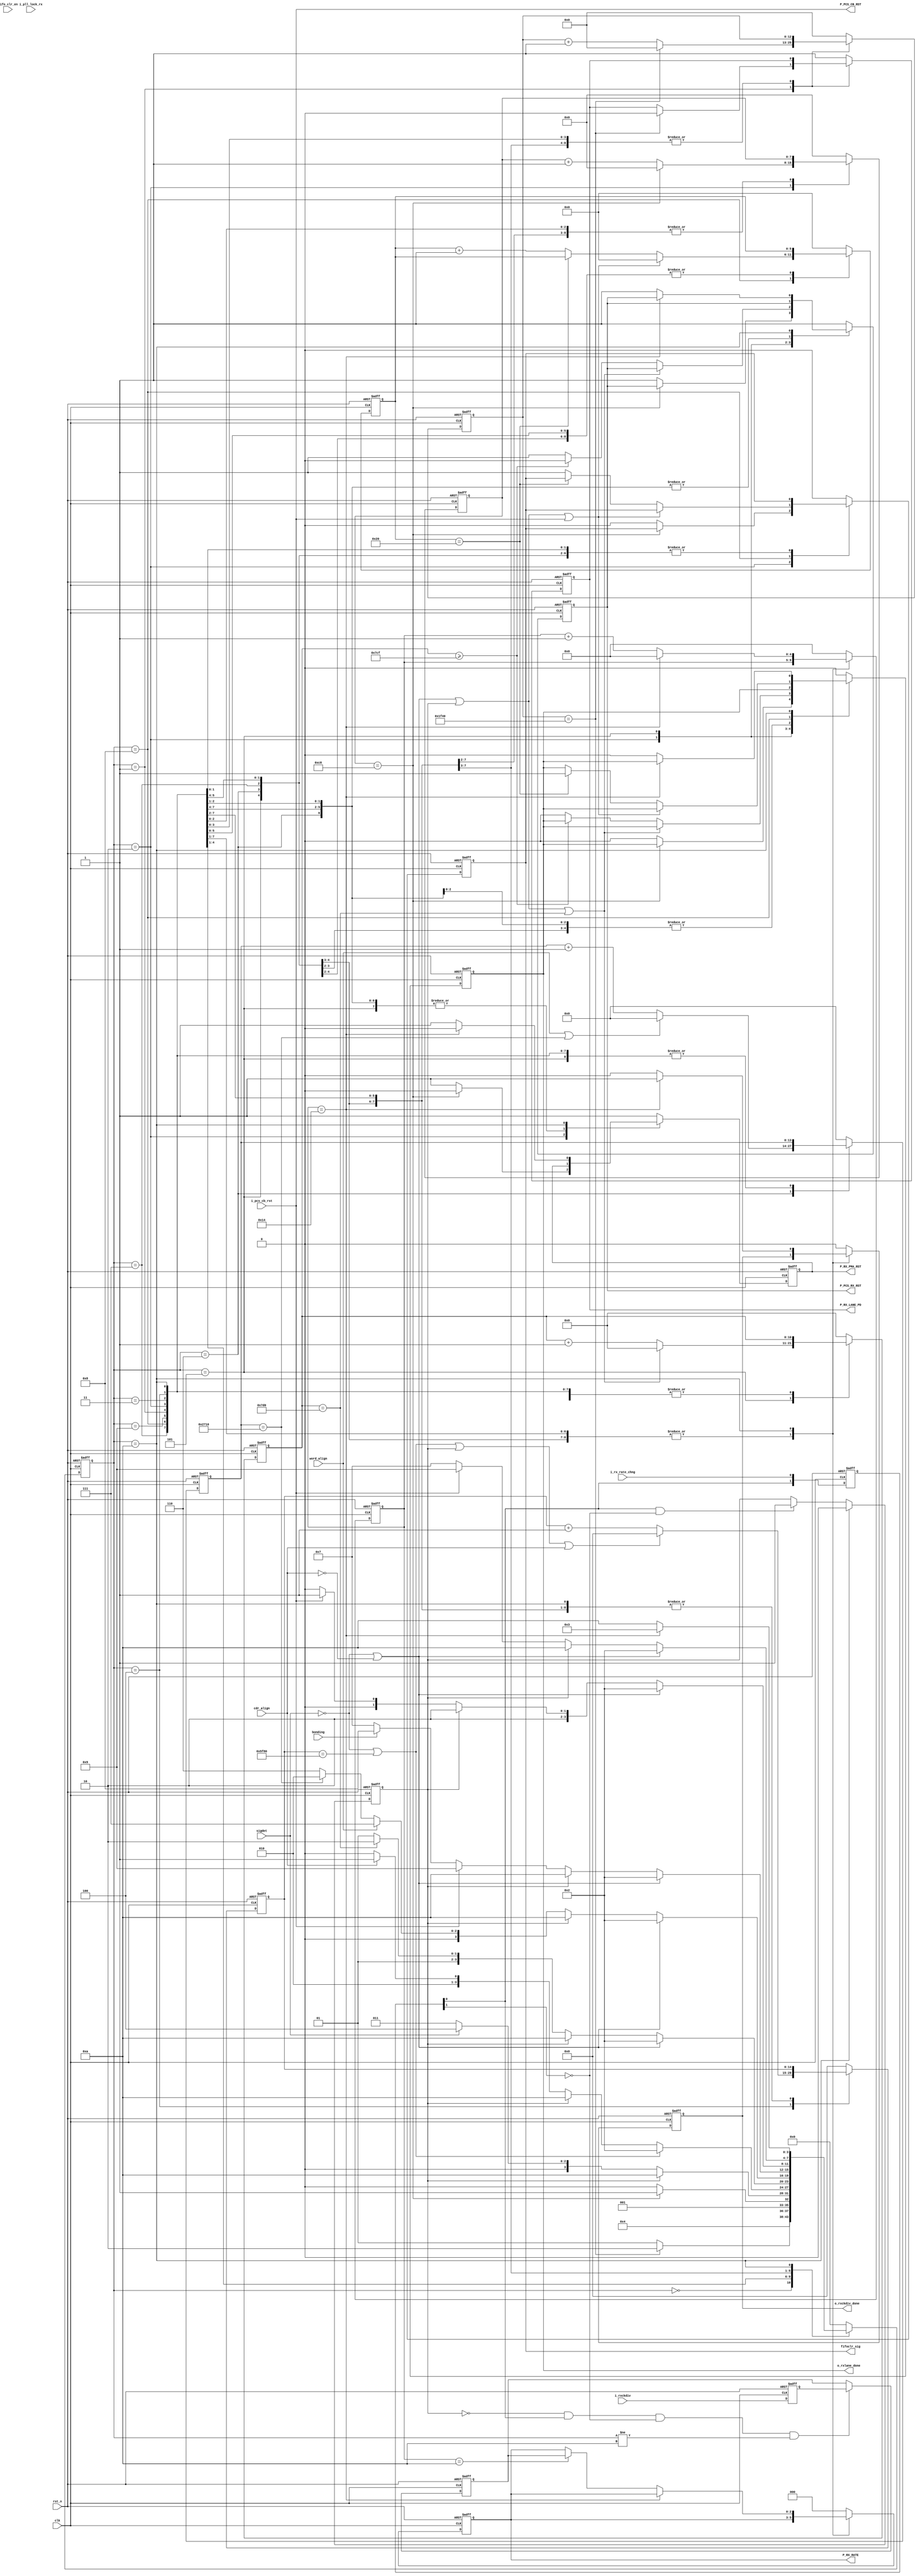
///////////////////////////////////////////////////////////////////////////////
//
// Copyright (c) 2019 PANGO MICROSYSTEMS, INC
// ALL RIGHTS REVERVED.
//
// THE SOURCE CODE CONTAINED HEREIN IS PROPRIETARY TO PANGO MICROSYSTEMS, INC.
// IT SHALL NOT BE REPRODUCED OR DISCLOSED IN WHOLE OR IN PART OR USED BY
// PARTIES WITHOUT WRITTEN AUTHORIZATION FROM THE OWNER.
//
///////////////////////////////////////////////////////////////////////////////
//
// Library:
// Filename:
///////////////////////////////////////////////////////////////////////////////
`timescale 1ns/1ps
module  ipml_hsst_rxlane_rst_fsm_v1_1#(
    parameter FREE_CLOCK_FREQ          = 100        , //unit is MHz, free clock  freq from GUI
    parameter CH_MULT_LANE_MODE        = 1          , //1: 1lane 2:2lane 4:4lane
    parameter CH_RXPCS_ALIGN_TIMER     = 10000      , //maximum is 65535
    parameter CH_BYPASS_WORD_ALIGN     = "FALSE"    , //TRUE: Lane Bypass Word Alignment, FALSE: Lane No Bypass Word Alignment
    parameter CH_BYPASS_BONDING        = "FALSE"    , //TRUE: Lane Bypass Channel Bonding, FALSE: Lane No Bypass Channel Bonding
    parameter CH_BYPASS_CTC            = "FALSE"    , //TRUE: Lane Bypass CTC, FALSE: Lane No Bypass CTC
    parameter LX_RX_CKDIV              = 0          ,
    parameter PCS_RX_CLK_EXPLL_USE     = "FALSE"          
)(
    // Reset and Clock
    input  wire                   clk                   ,
    input  wire                   rst_n                 ,
    // HSST Reset Control Signal
    input  wire                   fifo_clr_en           ,
    input  wire                   i_rx_rate_chng        ,
    input  wire   [2:0]           i_rxckdiv             ,
    input  wire                   sigdet                ,
    input  wire                   cdr_align             ,
    input  wire                   word_align            ,
    input  wire                   bonding               ,
    input  wire                   i_pll_lock_rx         ,
    input  wire                   i_pcs_cb_rst          ,
    output reg                    P_RX_LANE_PD          ,
    output reg                    P_RX_PMA_RST          ,
    output reg                    P_PCS_RX_RST          ,
    output reg    [2:0]           P_RX_RATE             ,
    output wire                   P_PCS_CB_RST          ,
    output reg                    o_rxckdiv_done        ,
    output reg                    o_rxlane_done         ,
    output reg                    fifoclr_sig       
);

//RX Lane Power Up
`ifdef IPML_HSST_SPEEDUP_SIM
localparam integer RX_PD_CNTR_VALUE                  = 2*((1*FREE_CLOCK_FREQ)); //add 50 percent margin
localparam integer RX_PCS_CNTR_VALUE                 = 2*((1*FREE_CLOCK_FREQ)); //add 50 percent margin
`else
localparam integer RX_PD_CNTR_VALUE                  = 2*((40*FREE_CLOCK_FREQ)); //add 50 percent margin
localparam integer RX_PCS_CNTR_VALUE                 = 2*((10*FREE_CLOCK_FREQ)); //add 50 percent margin
`endif
localparam integer RX_CDR_WAIT_CNTR_VALUE            = 224*FREE_CLOCK_FREQ+2048;// max time : (16*8191/600)+2+2048 cycle
localparam integer RX_PMA_CNTR_VALUE                 = 2*((1*FREE_CLOCK_FREQ)); //add 50 percent margin
localparam integer RX_RST_DONE_DLY_CNTR_VALUE        = 32;//add for rxlane_done is active but fabric clock is none by wenbin at @2019.9.26
//RX Lane Rate Change
localparam integer RX_RATE_CHANGE_PMA_R_CNTR_VALUE   = 2*((0.05*FREE_CLOCK_FREQ)); //add 50 percent margin
localparam integer RX_RATE_CHANGE_PMA_F_CNTR_VALUE   = 2*((0.1*FREE_CLOCK_FREQ)); //add 50 percent margin
//Counter Width
localparam         CNTR_WIDTH0                       = 13 ;
localparam         CNTR_WIDTH1                       = 8  ;
localparam         CNTR_WIDTH2                       = 15 ;
localparam         CNTR_WIDTH3                       = 11 ;
localparam         CNTR_WIDTH4                       = 6  ;
localparam         CNTR_WIDTH5                       = 5  ;
localparam         CNTR_WIDTH6                       = log2(CH_RXPCS_ALIGN_TIMER);
//RX Lane FSM Status
localparam RX_LANE_IDLE         = 4'd0;
localparam RX_LANE_RXPD         = 4'd1;
localparam RX_LANE_PMA_RST      = 4'd2;
localparam RX_LANE_SIGNAL_WAIT  = 4'd3;
localparam RX_LANE_CDR_WAIT     = 4'd4;
localparam RX_LANE_PCS_RST      = 4'd5;
localparam RX_LANE_ALIGN_WAIT   = 4'd6;
localparam RX_LANE_BONDING_WAIT = 4'd7;
localparam RX_LANE_DONE         = 4'd8;
localparam RX_LANE_CB_RST       = 4'd9;
localparam RX_CKDIV_ONLY        = 4'd10;

//****************************************************************************//
//                      Internal Signal                                       //
//****************************************************************************//
reg     [CNTR_WIDTH0-1  : 0] cntr0                ;
reg     [CNTR_WIDTH1-1  : 0] cntr1                ;
reg     [CNTR_WIDTH2-1  : 0] cntr2                ;
reg     [CNTR_WIDTH3-1  : 0] cntr3                ;
reg     [CNTR_WIDTH4-1  : 0] cntr4                ;
reg     [CNTR_WIDTH5-1  : 0] cntr5                ;
reg     [CNTR_WIDTH6-1  : 0] cntr6                ;
reg     [3            : 0] rxlane_rst_fsm       ;
reg     [3            : 0] next_state           ;
reg     [1            : 0] i_rx_rate_chng_ff    ;
reg                        i_rx_rate_chng_posedge   ;
wire                       rxlane_word_align_en ;
wire                       rxlane_bonding_en    ;
wire                       rxlane_mult_en       ;
wire                       expll_lock_rx        ;
reg     [2            : 0] i_rxckdiv_ff         ;
reg     [2            : 0] rxckdiv              ;
//****************************************************************************//
//                      Sequential and Logic                                  //
//****************************************************************************//
assign rxlane_word_align_en     = (CH_BYPASS_WORD_ALIGN=="FALSE") ? 1'b1 : 1'b0;
assign rxlane_bonding_en        = (CH_BYPASS_BONDING=="FALSE")    ? 1'b1 : 1'b0;
assign rxlane_mult_en           = (CH_MULT_LANE_MODE==2 || CH_MULT_LANE_MODE==4) ? 1'b1 : 1'b0;
assign expll_lock_rx            = (PCS_RX_CLK_EXPLL_USE=="FALSE") ? 1'b1 : i_pll_lock_rx;

always @(posedge clk or negedge rst_n) begin
    if(!rst_n) 
        i_rx_rate_chng_ff     <= 2'b00;
    else 
        i_rx_rate_chng_ff     <= {i_rx_rate_chng_ff[0],i_rx_rate_chng};
end

always @(posedge clk or negedge rst_n) begin
    if(!rst_n) 
        i_rxckdiv_ff     <= 3'b000;
    else 
        i_rxckdiv_ff     <= i_rxckdiv;
end


always @(posedge clk or negedge rst_n) begin
    if(!rst_n) 
        i_rx_rate_chng_posedge     <= 1'b0;
    else if (rxlane_rst_fsm == RX_CKDIV_ONLY)
        i_rx_rate_chng_posedge     <= 1'b0;
    else if (i_rx_rate_chng_ff[0] & (!i_rx_rate_chng_ff[1]))
        i_rx_rate_chng_posedge     <= 1'b1;
    else ;
end

always @(posedge clk or negedge rst_n) begin
    if(!rst_n) 
        rxckdiv                  <= 3'b000;
    else if (!i_rx_rate_chng_posedge && i_rx_rate_chng_ff[0] && (!i_rx_rate_chng_ff[1]) && rxlane_rst_fsm != RX_CKDIV_ONLY)
        rxckdiv                  <= i_rxckdiv_ff;
    else ;
end
 

always @(posedge clk or negedge rst_n) begin
    if(!rst_n) begin
        rxlane_rst_fsm     <=   RX_LANE_IDLE   ;
    end
    else begin
        rxlane_rst_fsm     <=   next_state ;
    end
end

always @(*)
begin
    case(rxlane_rst_fsm)
        RX_LANE_IDLE        :
            next_state     =   RX_LANE_RXPD ;
        RX_LANE_RXPD        :
        begin
            if(cntr0 == RX_PD_CNTR_VALUE)
                next_state = RX_LANE_PMA_RST ;
            else
                next_state = RX_LANE_RXPD ;
        end
        RX_LANE_PMA_RST     :
        begin
            if(cntr1 == RX_PMA_CNTR_VALUE)
                next_state = RX_LANE_SIGNAL_WAIT ;
            else
                next_state = RX_LANE_PMA_RST ;
        end
        RX_LANE_SIGNAL_WAIT :
        begin
            if(i_rx_rate_chng_posedge)
                next_state = RX_CKDIV_ONLY ;
            else if (sigdet)
                next_state = RX_LANE_CDR_WAIT ;
            else
                next_state = RX_LANE_SIGNAL_WAIT ;
        end
        RX_LANE_CDR_WAIT    :
        begin
            if(!sigdet || cntr2 == RX_CDR_WAIT_CNTR_VALUE)
                next_state = RX_LANE_PMA_RST ;
            else if (i_rx_rate_chng_posedge)
                next_state = RX_CKDIV_ONLY ;
            else if (cdr_align && expll_lock_rx )
                next_state = RX_LANE_PCS_RST ;
            else
                next_state = RX_LANE_CDR_WAIT ;
        end
        RX_LANE_PCS_RST     :
        begin
            if(!sigdet || !cdr_align)
                next_state = RX_LANE_PMA_RST ;
            else if (i_rx_rate_chng_posedge)
                next_state = RX_CKDIV_ONLY ;
            else if (cntr3 == RX_PCS_CNTR_VALUE )
                if (rxlane_word_align_en)
                    next_state = RX_LANE_ALIGN_WAIT ;
                else
                    next_state = RX_LANE_DONE ;
            else
                next_state = RX_LANE_PCS_RST ;
        end
        RX_LANE_ALIGN_WAIT  :
        begin
            if(!sigdet || !cdr_align)
                next_state = RX_LANE_PMA_RST ;
            else if (i_rx_rate_chng_posedge)
                next_state = RX_CKDIV_ONLY ;
            else if (!word_align)
                    if(cntr6 == CH_RXPCS_ALIGN_TIMER)
                        next_state = RX_LANE_PMA_RST ;
                    else
                        next_state = RX_LANE_ALIGN_WAIT ;
            else
                next_state = RX_LANE_BONDING_WAIT ;
        end
        RX_LANE_BONDING_WAIT:
        begin
            if(!sigdet || !cdr_align)
                next_state = RX_LANE_PMA_RST ;
            else if (i_rx_rate_chng_posedge)
                next_state = RX_CKDIV_ONLY ;
            else if (i_pcs_cb_rst && rxlane_bonding_en)
                next_state = RX_LANE_CB_RST  ;
            else if (bonding || !rxlane_bonding_en)
                next_state = RX_LANE_DONE ;
            else
                next_state = RX_LANE_BONDING_WAIT ;
        end
        RX_LANE_DONE        :
        begin
            if(!sigdet || !cdr_align)
                next_state = RX_LANE_PMA_RST ;
            else if (i_rx_rate_chng_posedge)
                next_state = RX_CKDIV_ONLY ;
            else if (fifo_clr_en && rxlane_mult_en)
                next_state = RX_LANE_PCS_RST ;
            else if (i_pcs_cb_rst)
                next_state = RX_LANE_CB_RST  ;
            else
                next_state = RX_LANE_DONE ;
        end
        RX_LANE_CB_RST      :
        begin
            if(!sigdet || !cdr_align)
                next_state = RX_LANE_PMA_RST ;
            else if (i_rx_rate_chng_posedge)
                next_state = RX_CKDIV_ONLY ;
            else if(!i_pcs_cb_rst)
                next_state = RX_LANE_BONDING_WAIT ;
            else
                next_state = RX_LANE_CB_RST ;
        end
        RX_CKDIV_ONLY       :
        begin
            if(cntr5 == RX_RATE_CHANGE_PMA_F_CNTR_VALUE)
                next_state = RX_LANE_SIGNAL_WAIT ;
            else
                next_state = RX_CKDIV_ONLY ;
        end
        default             :
        begin
            next_state     = RX_LANE_IDLE  ;
        end
    endcase
end

always @(posedge clk or negedge rst_n) 
begin
    if(!rst_n) 
    begin
        cntr0                   <= {CNTR_WIDTH0{1'b0}};
        cntr1                   <= {CNTR_WIDTH1{1'b0}};
        cntr2                   <= {CNTR_WIDTH2{1'b0}};
        cntr3                   <= {CNTR_WIDTH3{1'b0}};
        cntr4                   <= {CNTR_WIDTH4{1'b0}};
        cntr5                   <= {CNTR_WIDTH5{1'b0}};
        cntr6                   <= {CNTR_WIDTH6{1'b0}};
        P_RX_LANE_PD            <= 1'b1;
        P_RX_PMA_RST            <= 1'b1;
        P_PCS_RX_RST            <= 1'b1;
        P_RX_RATE               <= LX_RX_CKDIV;
        o_rxckdiv_done          <= 1'b0;       
        o_rxlane_done           <= 1'b0;
        fifoclr_sig             <= 1'b0 ;
    end
    else 
    begin
        case (rxlane_rst_fsm)
            RX_LANE_IDLE        :   
            begin
                cntr0                   <= {CNTR_WIDTH0{1'b0}};
                cntr1                   <= {CNTR_WIDTH1{1'b0}};
                cntr2                   <= {CNTR_WIDTH2{1'b0}};
                cntr3                   <= {CNTR_WIDTH3{1'b0}};
                cntr4                   <= {CNTR_WIDTH4{1'b0}};
                cntr5                   <= {CNTR_WIDTH5{1'b0}};
                cntr6                   <= {CNTR_WIDTH6{1'b0}};
                P_RX_LANE_PD            <= 1'b1;
                P_RX_PMA_RST            <= 1'b1;
                P_PCS_RX_RST            <= 1'b1;
                P_RX_RATE               <= LX_RX_CKDIV;
                o_rxckdiv_done          <= 1'b0;       
                o_rxlane_done           <= 1'b0;
                fifoclr_sig             <= 1'b0;
            end
            RX_LANE_RXPD        :   
            begin
                if(cntr0 == RX_PD_CNTR_VALUE)
                begin
                    cntr0                   <= {CNTR_WIDTH0{1'b0}} ;
                    P_RX_LANE_PD            <= 1'b0 ;            
                end
                else
                begin
                    cntr0                    <= cntr0 + {{CNTR_WIDTH0-1{1'b0}},{1'b1}} ;
                end
            end
            RX_LANE_PMA_RST     :
            begin
                if(cntr1 == RX_PMA_CNTR_VALUE)
                begin
                    cntr1                   <= {CNTR_WIDTH1{1'b0}} ;
                    P_RX_PMA_RST            <= 1'b0 ;
                end
                else
                begin
                    cntr1                    <= cntr1 + {{CNTR_WIDTH1-1{1'b0}},{1'b1}} ;
                    P_RX_PMA_RST            <= 1'b1 ;
                    P_PCS_RX_RST            <= 1'b1 ;
                    o_rxlane_done           <= 1'b0 ;
                    fifoclr_sig             <= 1'b0 ;
                end
            end
            RX_LANE_SIGNAL_WAIT :
            begin
                fifoclr_sig             <= 1'b0 ;
            end
            RX_LANE_CDR_WAIT    :
            begin
                if(!sigdet || cntr2 == RX_CDR_WAIT_CNTR_VALUE || i_rx_rate_chng_posedge || (cdr_align && expll_lock_rx))
                begin
                    cntr2                   <= {CNTR_WIDTH2{1'b0}} ;
                end
                else
                begin
                    cntr2                    <= cntr2 + {{CNTR_WIDTH2-1{1'b0}},{1'b1}} ;
                end
            end
            RX_LANE_PCS_RST     :
            begin
                if(!sigdet || !cdr_align || i_rx_rate_chng_posedge || cntr3 == RX_PCS_CNTR_VALUE)
                begin
                    cntr3                   <= {CNTR_WIDTH3{1'b0}} ;
                end
                else if (cntr3 >= RX_PCS_CNTR_VALUE - 1)
                begin
                    P_PCS_RX_RST            <= 1'b0 ;
                    cntr3                    <= cntr3 + {{CNTR_WIDTH3-1{1'b0}},{1'b1}} ;
                end
                else
                begin
                    cntr3                    <= cntr3 + {{CNTR_WIDTH3-1{1'b0}},{1'b1}} ;
                    P_PCS_RX_RST            <= 1'b1 ;
                    o_rxlane_done           <= 1'b0 ;
                end
            end
            RX_LANE_ALIGN_WAIT  :
            begin
                if(word_align || cntr6 == CH_RXPCS_ALIGN_TIMER)
                begin
                    cntr6                   <= {CNTR_WIDTH6{1'b0}} ;    
                end
                else
                begin
                    cntr6                   <= cntr6  + {{CNTR_WIDTH6-1{1'b0}},{1'b1}} ;
                end
            end
            RX_LANE_BONDING_WAIT  :
            begin
            end
            RX_LANE_DONE        :
            begin
                if(!sigdet || !cdr_align || i_rx_rate_chng_posedge || (fifo_clr_en && rxlane_mult_en) || i_pcs_cb_rst)    begin
                    cntr4                   <= {CNTR_WIDTH4{1'b0}} ;
                end
                else if(cntr4 == RX_RST_DONE_DLY_CNTR_VALUE)    begin
                    o_rxlane_done           <= 1'b1 ;
                end
                else    begin
                    cntr4                    <= cntr4 + {{CNTR_WIDTH4-1{1'b0}},{1'b1}} ;
                    fifoclr_sig             <= 1'b1 ;
                end
            end
            RX_LANE_CB_RST      :
            begin
                o_rxlane_done           <= 1'b0 ;
            end
            RX_CKDIV_ONLY       :
            begin
                if(cntr5 == RX_RATE_CHANGE_PMA_F_CNTR_VALUE)
                begin
                    cntr5                   <= {CNTR_WIDTH5{1'b0}} ;
                    P_RX_PMA_RST            <= 1'b0 ;
                    o_rxckdiv_done          <= 1'b1 ;
                end
                else
                begin
                    o_rxlane_done           <= 1'b0 ;
                    o_rxckdiv_done          <= 1'b0 ;
                    P_PCS_RX_RST            <= 1'b1 ;
                    P_RX_PMA_RST            <= 1'b1 ;
                    cntr5                    <= cntr5 + {{CNTR_WIDTH5-1{1'b0}},{1'b1}} ;
                    if(cntr5 == RX_RATE_CHANGE_PMA_R_CNTR_VALUE)
                        P_RX_RATE           <= rxckdiv ;
                    else ;
                end
            end
            default             :
            begin
                cntr0                   <= {CNTR_WIDTH0{1'b0}} ;
                cntr1                   <= {CNTR_WIDTH1{1'b0}} ;
                cntr2                   <= {CNTR_WIDTH2{1'b0}} ;
                cntr3                   <= {CNTR_WIDTH3{1'b0}} ;
                cntr4                   <= {CNTR_WIDTH4{1'b0}} ;
                cntr5                   <= {CNTR_WIDTH5{1'b0}} ;
                cntr6                   <= {CNTR_WIDTH6{1'b0}} ;
                P_RX_LANE_PD            <= 1'b1;
                P_RX_PMA_RST            <= 1'b1;
                P_PCS_RX_RST            <= 1'b1;
                P_RX_RATE               <= LX_RX_CKDIV;
                o_rxckdiv_done          <= 1'b0;       
                o_rxlane_done           <= 1'b0;
                fifoclr_sig             <= 1'b0;
            end
        endcase
    end
end

assign P_PCS_CB_RST = i_pcs_cb_rst ;

function integer log2 (input integer x);
    integer i;
    begin
        i = 1;
        while (2**i < x)
        begin
            i = i + 1;
        end
        log2 = i;
    end
endfunction

endmodule